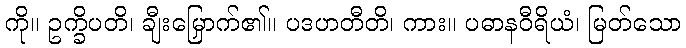
ကို။ ဥက္ခိပတိ၊ ချီးမြှောက်၏။ ပဒဟတီတိ၊ ကား။ ပဓာနဝီရိယံ၊ မြတ်သော